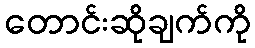
တောင်းဆိုချက်ကို